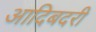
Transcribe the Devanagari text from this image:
आदिबदरी